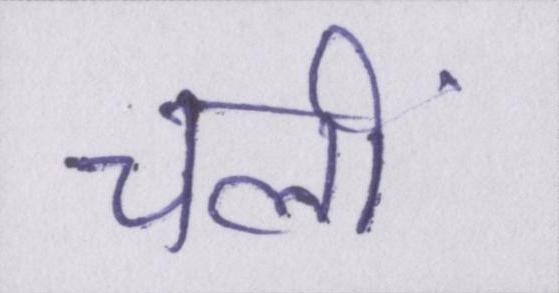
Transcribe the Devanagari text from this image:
चलीं